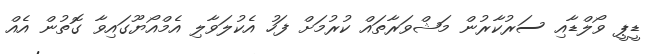
ޑީޕީ ވޯލްޑާއި ސަރުކާރުން މަޝްވަރާތައް ކުރުމަށް ފަހު އެކުލަވާލި އެމްއޯޔޫގައިވާ ގޮތުން އެއް